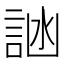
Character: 𬢩